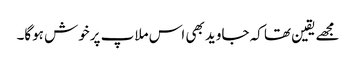
مجھےیقین تھا کہ جاوید بھی اس ملاپ پرخوش ہوگا۔